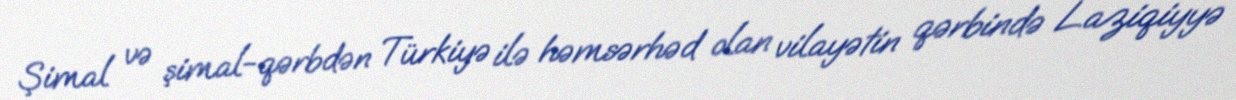
Şimal və şimal-qərbdən Türkiyə ilə həmsərhəd olan vilayətin qərbində Laziqiyyə